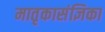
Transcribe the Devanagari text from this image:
मातृकासंज्ञिका